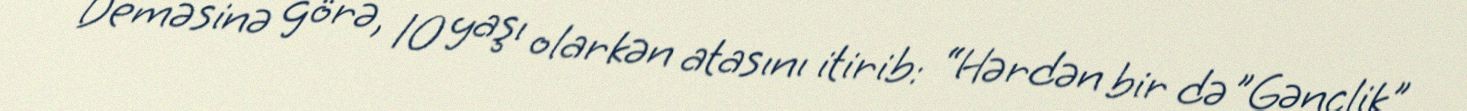
Deməsinə görə, 10 yaşı olarkən atasını itirib: “Hərdən bir də ”Gənclik"